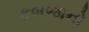
કબજાનો